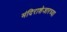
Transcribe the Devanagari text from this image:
मंदिराशेजारच्या